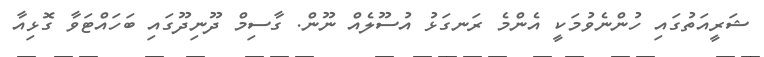
ޝަރީއަތުގައި ހުންނެވުމަކީ އެންމެ ރަނގަޅު އުސޫލެއް ނޫން. ގާސިމް ދޫނިދޫގައި ބަހައްޓަވާ ގޮޅިއާ